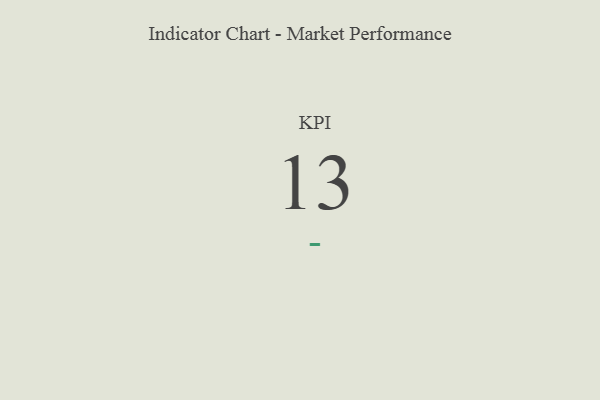
{"axis": {"x": "KPI", "y": "Value"}, "legend": [""], "data": [{"x": "KPI", "y": 13, "type": ""}]}